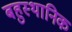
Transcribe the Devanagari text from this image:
बहुस्थानिक